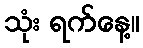
သုံး ရက်နေ့။